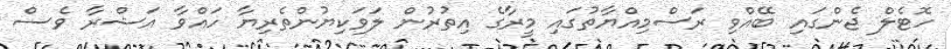
ހޮޓެލް ޖެންގައި ބޭއްވި ރަސްމިއްޔާތުގައި މީރާގެ އިތުރުން ލަވަކިޔުންތެރިޔާ ހައްވާ އަޝްރާ ވެސް